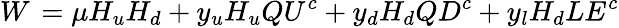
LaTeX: W_{}^{}=\mu H_{u}H_{d}+y_{u}H_{u}QU^{c}+y_{d}H_{d}QD^{c}+y_{l}H_{d}LE^{c}